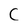
Character: C